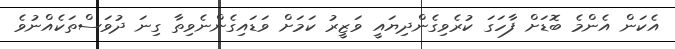
އެކަން އެންމެ ބޮޑަށް ފާހަގަ ކުރެވިގެންދިޔައީ ވަޒީރު ކަމަށް ވަޑައިގެންނެވިތާ ގިނަ ދުވަސްތަކެއްނުވެ